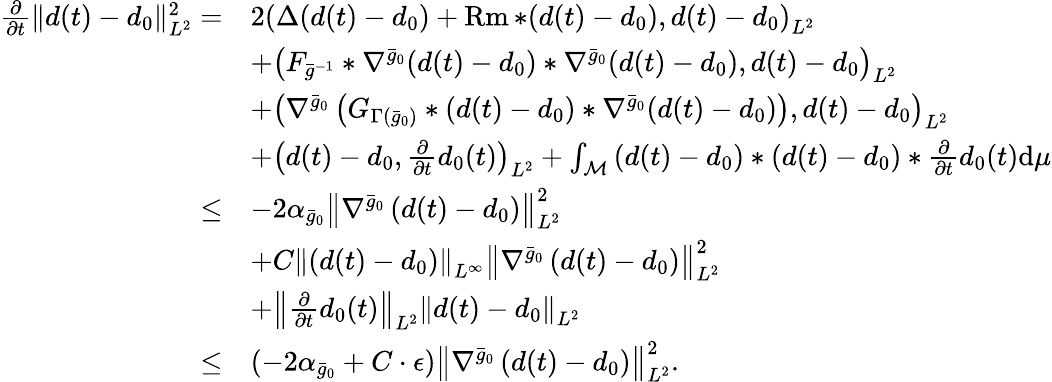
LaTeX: \begin{array}{rl}{\frac{\partial}{\partial t}\| d(t)-d_{0}\| _{L^{2}}^{2}=}&{2\left(\Delta(d(t)-d_{0})+\operatorname{Rm}*(d(t)-d_{0}),d(t)-d_{0}\right)_{L^{2}}}\\ &{+\left(F_{\bar{g}^{-1}}*\nabla^{\bar{g}_{0}}(d(t)-d_{0})*\nabla^{\bar{g}_{0}}(d(t)-d_{0}),d(t)-d_{0}\right)_{L^{2}}}\\ &{+\left(\nabla^{\bar{g}_{0}}\left(G_{\Gamma(\bar{g}_{0})}*(d(t)-d_{0})*\nabla^{\bar{g}_{0}}(d(t)-d_{0})\right),d(t)-d_{0}\right)_{L^{2}}}\\ &{+\left(d(t)-d_{0},\frac{\partial}{\partial t}d_{0}(t)\right)_{L^{2}}+\int_{\mathcal{M}}\left(d(t)-d_{0}\right)*\left(d(t)-d_{0}\right)*\frac{\partial}{\partial t}d_{0}(t)\mathrm{d}\mu}\\ {\leq}&{-2\alpha_{\bar{g}_{0}}\left\| \nabla^{\bar{g}_{0}}\left(d(t)-d_{0}\right)\right\| _{L^{2}}^{2}}\\ &{+C\left\| \left(d(t)-d_{0}\right)\right\| _{L^{\infty}}\left\| \nabla^{\bar{g}_{0}}\left(d(t)-d_{0}\right)\right\| _{L^{2}}^{2}}\\ &{+\left\| \frac{\partial}{\partial t}d_{0}(t)\right\| _{L^{2}}\left\| d(t)-d_{0}\right\| _{L^{2}}}\\ {\leq}&{\left(-2\alpha_{\bar{g}_{0}}+C\cdot\epsilon\right)\left\| \nabla^{\bar{g}_{0}}\left(d(t)-d_{0}\right)\right\| _{L^{2}}^{2}.}\end{array}